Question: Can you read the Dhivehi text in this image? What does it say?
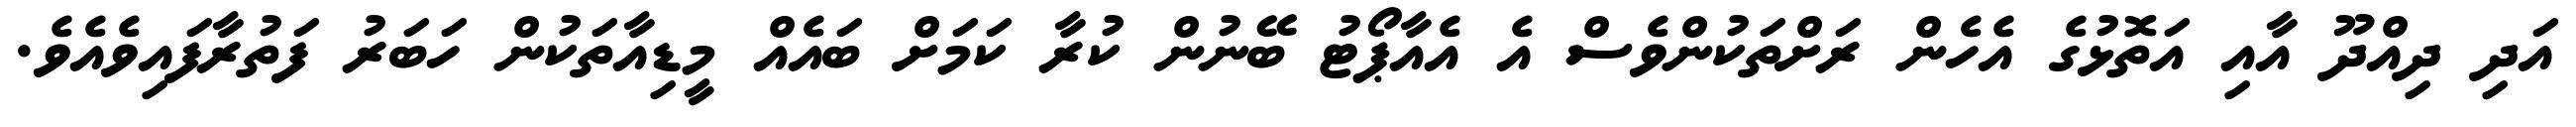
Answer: އަދި ދިއްދޫ އާއި އަތޮޅުގެ އެހެން ރަށްތަކުންވެސް އެ އެއާޕޯޓު ބޭނުން ކުރާ ކަމަށް ބައެއް މީޑިއާތަކުން ހަބަރު ފަތުރާފައިވެއެވެ.